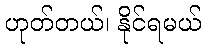
ဟုတ်တယ်၊ နိုင်ရမယ်